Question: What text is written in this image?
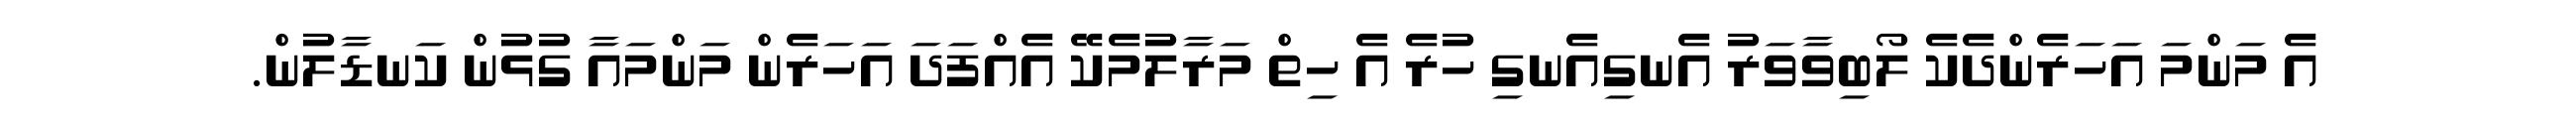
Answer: އެ މަންމަ އަހަރެންދެކެ ލޯބިވާވަރު އެނގިއެނގި ހުރެ އެ ހިތް މަރާލުމެކޭ އެއްފަދަ އަހަރެން މަންމައާ ގުޅުން ކަނޑާލުން.